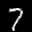
Label: 7